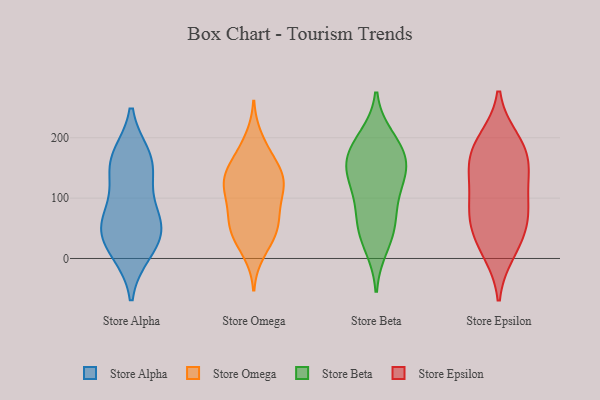
{"axis": {"x": "Tickets Resolved", "y": "Value"}, "legend": ["Store Alpha", "Store Beta", "Store Epsilon", "Store Omega"], "data": [{"x": "", "y": 60, "type": "Store Alpha"}, {"x": "", "y": 10, "type": "Store Alpha"}, {"x": "", "y": 42, "type": "Store Alpha"}, {"x": "", "y": 89, "type": "Store Alpha"}, {"x": "", "y": 150, "type": "Store Alpha"}, {"x": "", "y": 142, "type": "Store Alpha"}, {"x": "", "y": 169, "type": "Store Alpha"}, {"x": "", "y": 55, "type": "Store Alpha"}, {"x": "", "y": 14, "type": "Store Alpha"}, {"x": "", "y": 53, "type": "Store Alpha"}, {"x": "", "y": 169, "type": "Store Alpha"}, {"x": "", "y": 133, "type": "Store Omega"}, {"x": "", "y": 117, "type": "Store Omega"}, {"x": "", "y": 75, "type": "Store Omega"}, {"x": "", "y": 171, "type": "Store Omega"}, {"x": "", "y": 198, "type": "Store Omega"}, {"x": "", "y": 91, "type": "Store Omega"}, {"x": "", "y": 105, "type": "Store Omega"}, {"x": "", "y": 140, "type": "Store Omega"}, {"x": "", "y": 51, "type": "Store Omega"}, {"x": "", "y": 31, "type": "Store Omega"}, {"x": "", "y": 168, "type": "Store Omega"}, {"x": "", "y": 51, "type": "Store Omega"}, {"x": "", "y": 10, "type": "Store Omega"}, {"x": "", "y": 64, "type": "Store Omega"}, {"x": "", "y": 41, "type": "Store Omega"}, {"x": "", "y": 127, "type": "Store Omega"}, {"x": "", "y": 135, "type": "Store Omega"}, {"x": "", "y": 129, "type": "Store Omega"}, {"x": "", "y": 21, "type": "Store Beta"}, {"x": "", "y": 141, "type": "Store Beta"}, {"x": "", "y": 110, "type": "Store Beta"}, {"x": "", "y": 52, "type": "Store Beta"}, {"x": "", "y": 135, "type": "Store Beta"}, {"x": "", "y": 79, "type": "Store Beta"}, {"x": "", "y": 199, "type": "Store Beta"}, {"x": "", "y": 159, "type": "Store Beta"}, {"x": "", "y": 50, "type": "Store Beta"}, {"x": "", "y": 150, "type": "Store Beta"}, {"x": "", "y": 181, "type": "Store Beta"}, {"x": "", "y": 184, "type": "Store Beta"}, {"x": "", "y": 175, "type": "Store Epsilon"}, {"x": "", "y": 49, "type": "Store Epsilon"}, {"x": "", "y": 17, "type": "Store Epsilon"}, {"x": "", "y": 139, "type": "Store Epsilon"}, {"x": "", "y": 88, "type": "Store Epsilon"}, {"x": "", "y": 151, "type": "Store Epsilon"}, {"x": "", "y": 195, "type": "Store Epsilon"}, {"x": "", "y": 124, "type": "Store Epsilon"}, {"x": "", "y": 56, "type": "Store Epsilon"}, {"x": "", "y": 86, "type": "Store Epsilon"}, {"x": "", "y": 10, "type": "Store Epsilon"}, {"x": "", "y": 71, "type": "Store Epsilon"}, {"x": "", "y": 197, "type": "Store Epsilon"}, {"x": "", "y": 165, "type": "Store Epsilon"}]}